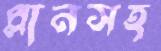
প্লানসহ